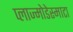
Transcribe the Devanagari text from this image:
प्लाज्मोडेस्माटा